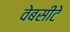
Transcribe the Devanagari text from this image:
वेबसीटे